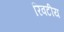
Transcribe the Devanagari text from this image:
रिवटीय